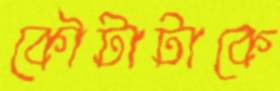
কৌটাটাকে